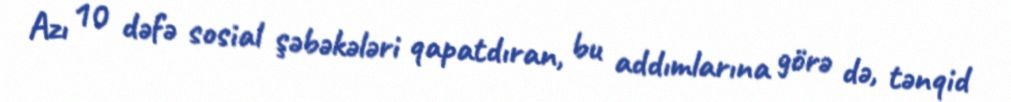
Azı 10 dəfə sosial şəbəkələri qapatdıran, bu addımlarına görə də, tənqid